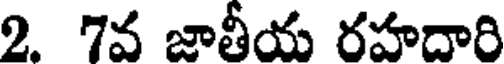
2. 7వ జాతీయ రహదారి